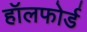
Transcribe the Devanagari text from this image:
हॉलफोर्ड